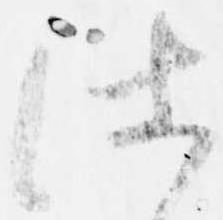
仕